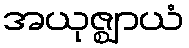
အယုဇ္ဈာယံ